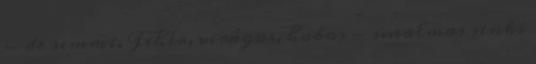
- de semmi. Fehér, virágos, habos - unalmas senki